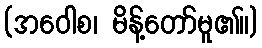
(အဝေါစ၊ မိန့်တော်မူ၏။)